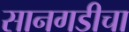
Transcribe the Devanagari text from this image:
सानगडीचा